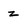
Character: z